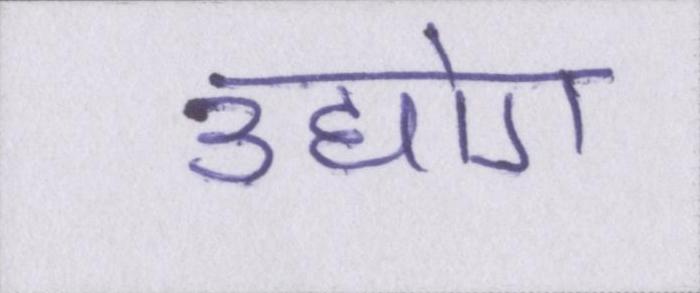
उद्योग